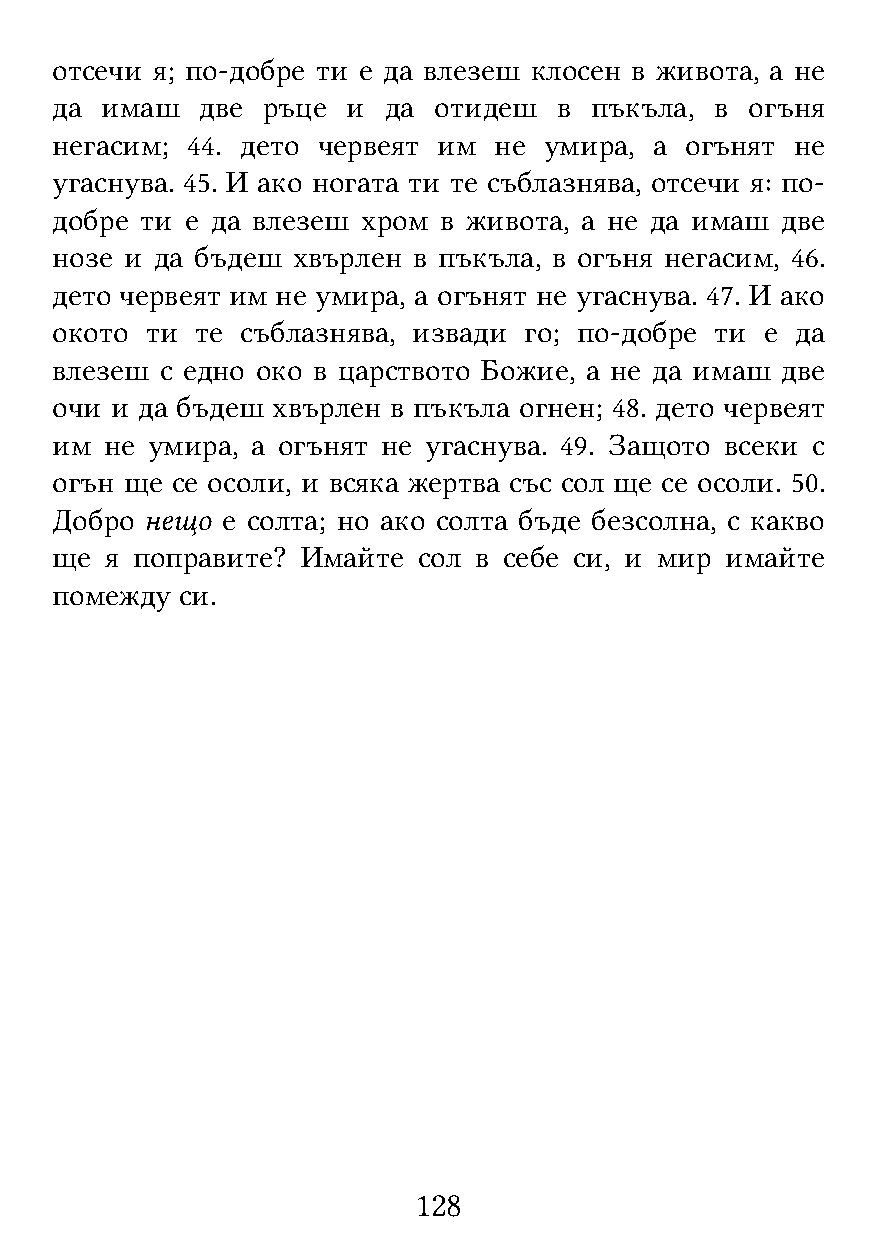
отсечи я; по-добре ти е да влезеш клосен в живота, а не
 да  имаш  две ръце  и да  отидеш  в пъкъла, в  огъня
 негасим; 44. дето червеят им  не умира, а огънят  не
 угаснува. 45. И ако ногата ти те съблазнява, отсечи я: по-
 добре ти е да влезеш хром в живота, а не да имаш две
 нозе и да бъдеш хвърлен в пъкъла, в огъня негасим, 46.
 дето червеят им не умира, а огънят не угаснува. 47. И ако
 окото  ти те съблазнява, извади го; по-добре ти е да
 влезеш  с едно око в царството Божие, а не да имаш две
 очи и да бъдеш хвърлен в пъкъла огнен; 48. дето червеят
 им  не умира, а огънят не угаснува. 49. Защото всеки с
 огън ще се осоли, и всяка жертва със сол ще се осоли. 50.
 Добро  нещо е солта; но ако солта бъде безсолна, с какво
 ще  я поправите? Имайте  сол в себе си, и мир имайте
 помежду  си.
 128